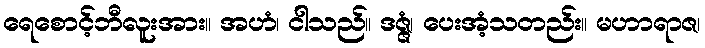
ရေစောင့်ဘီလူးအား။ အဟံ၊ ငါသည်။ ဒဇ္ဇံ၊ ပေးအံ့သတည်း။ မဟာရာဇ၊